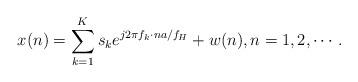
LaTeX: \begin{align*}x(n) = \sum\limits_{k = 1}^K {{s_k}{e^{j2\pi {f_k} \cdot na/{f_H}}} + w(n)} ,n = 1,2, \cdots.\end{align*}